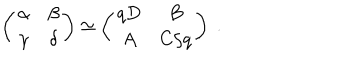
\left( \begin{array} { c c } { { \alpha } } & { { \beta } } \\ { { \gamma } } & { { \delta } } \\ \end{array} \right) \simeq \left( \begin{array} { c c } { { q D } } & { { B } } \\ { { A } } & { { C / q } } \\ \end{array} \right) \; .